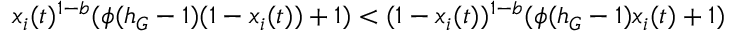
x _ { i } ( t ) ^ { 1 - b } ( \phi ( h _ { G } - 1 ) ( 1 - x _ { i } ( t ) ) + 1 ) < ( 1 - x _ { i } ( t ) ) ^ { 1 - b } ( \phi ( h _ { G } - 1 ) x _ { i } ( t ) + 1 )